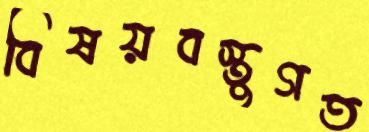
বিষয়বস্তুগত